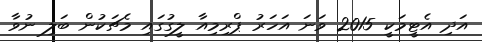
އަދި އެޓީމަކީ 2015 ވަނަ އަހަރު ޕްރިމިއާ ލީގުގައި މެޗަކުން ބަލި ނުވާ